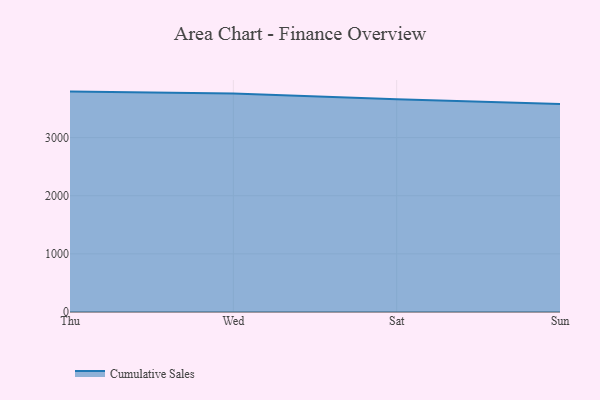
{"axis": {"x": "Day", "y": "Waste Production (Tons)"}, "legend": ["Cumulative Sales"], "data": [{"x": "Thu", "y": 3791.5, "type": "Cumulative Sales"}, {"x": "Wed", "y": 3757.3, "type": "Cumulative Sales"}, {"x": "Sat", "y": 3659.4, "type": "Cumulative Sales"}, {"x": "Sun", "y": 3576.4, "type": "Cumulative Sales"}]}